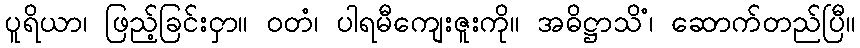
ပူရိယာ၊ ဖြည့်ခြင်းငှာ။ ဝတံ၊ ပါရမီကျေးဇူးကို။ အဓိဋ္ဌာသိံ၊ ဆောက်တည်ပြီ။